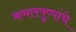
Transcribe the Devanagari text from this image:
कमलपुष्पांचे